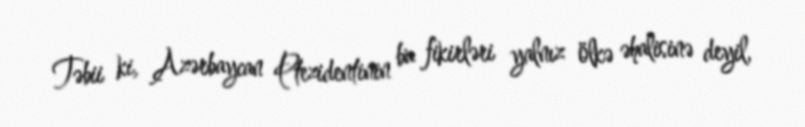
Təbii ki, Azərbaycan Ptezidentinin bu fikirləri yalnız ölkə əhalisinə deyil,